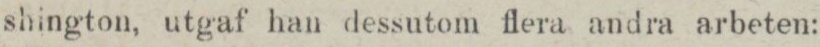
shington, utgaf han dessutom flera andra arbeten: